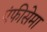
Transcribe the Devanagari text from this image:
एंफीसेमा